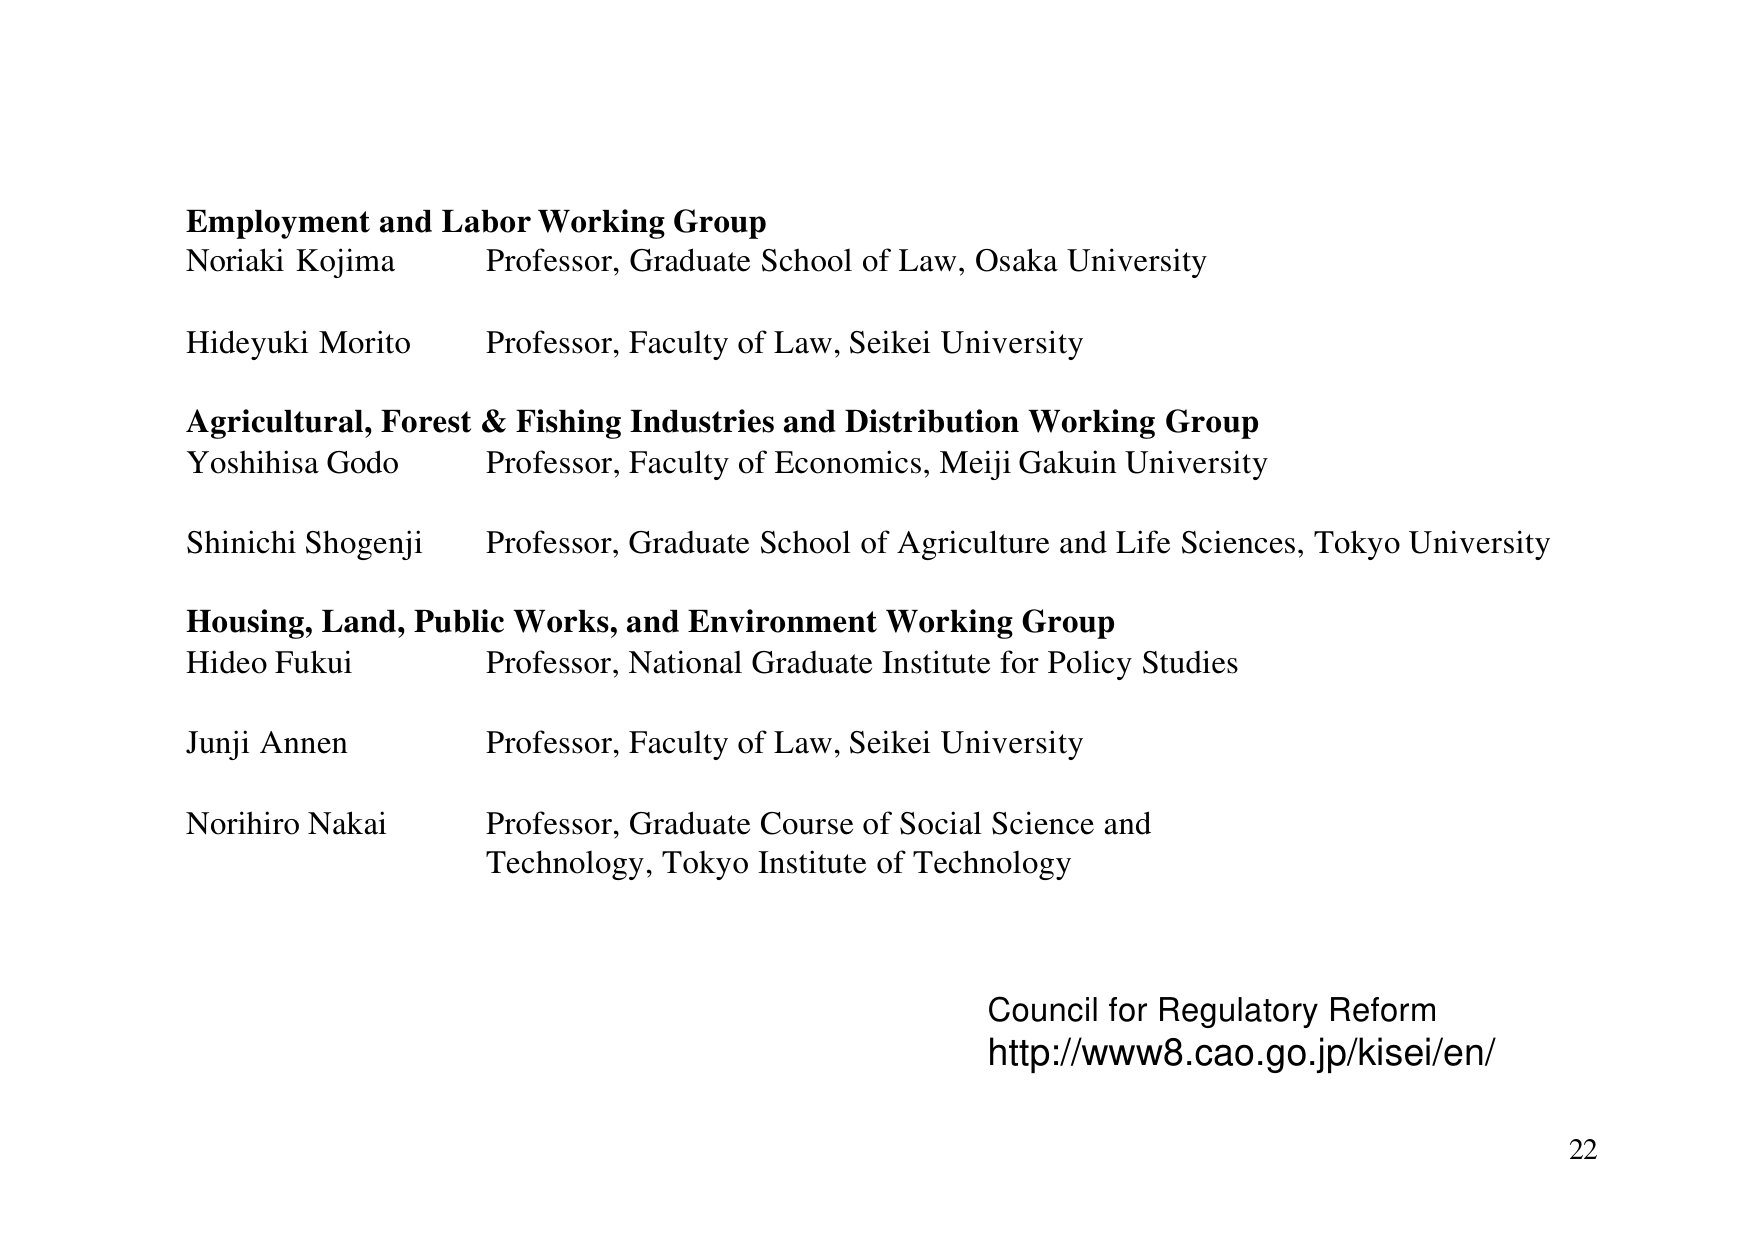
Employment and Labor Working Group
Noriaki Kojima Professor, Graduate School of Law, Osaka University
Hideyuki Morito Professor, Faculty of Law, Seikei University
Agricultural, Forest & Fishing Industries and Distribution Working Group
Yoshihisa Godo Professor, Faculty of Economics, Meiji Gakuin University
Shinichi Shogenji Professor, Graduate School of Agriculture and Life Sciences, Tokyo University
Housing, Land, Public Works, and Environment Working Group
Hideo Fukui Professor, National Graduate Institute for Policy Studies
Junji Annen Professor, Faculty of Law, Seikei University
Norihiro Nakai Professor, Graduate Course of Social Science and
Technology, Tokyo Institute of Technology
Council for Regulatory Reform
http://www8.cao.go.jp/kisei/en/
22